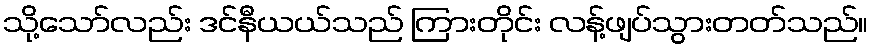
သို့သော်လည်း ဒင်နီယယ်သည် ကြားတိုင်း လန့်ဖျပ်သွားတတ်သည်။